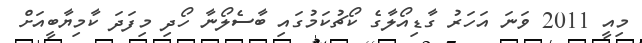
މިއީ 2011 ވަނަ އަހަރު ގާޑިއޯލާގެ ކޯޗުކަމުގައި ބާސެލޯނާ ހޯދި މިފަދަ ކާމިޔާބީއަށް